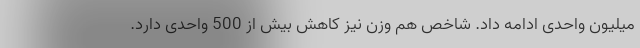
میلیون واحدی ادامه داد. شاخص هم وزن نیز کاهش بیش از 500 واحدی دارد.